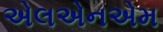
એલએનએમ